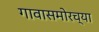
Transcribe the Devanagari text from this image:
गावासमोरच्या